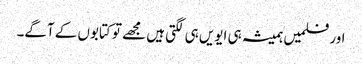
اور فلمیں ہمیشہ ہی ایویں ہی لگتی ہیں مجھے تو کتابوں کے آگے۔